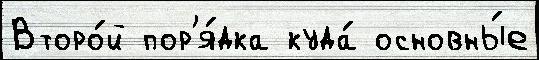
Второ́й пор'я́дка куда́ основны́е